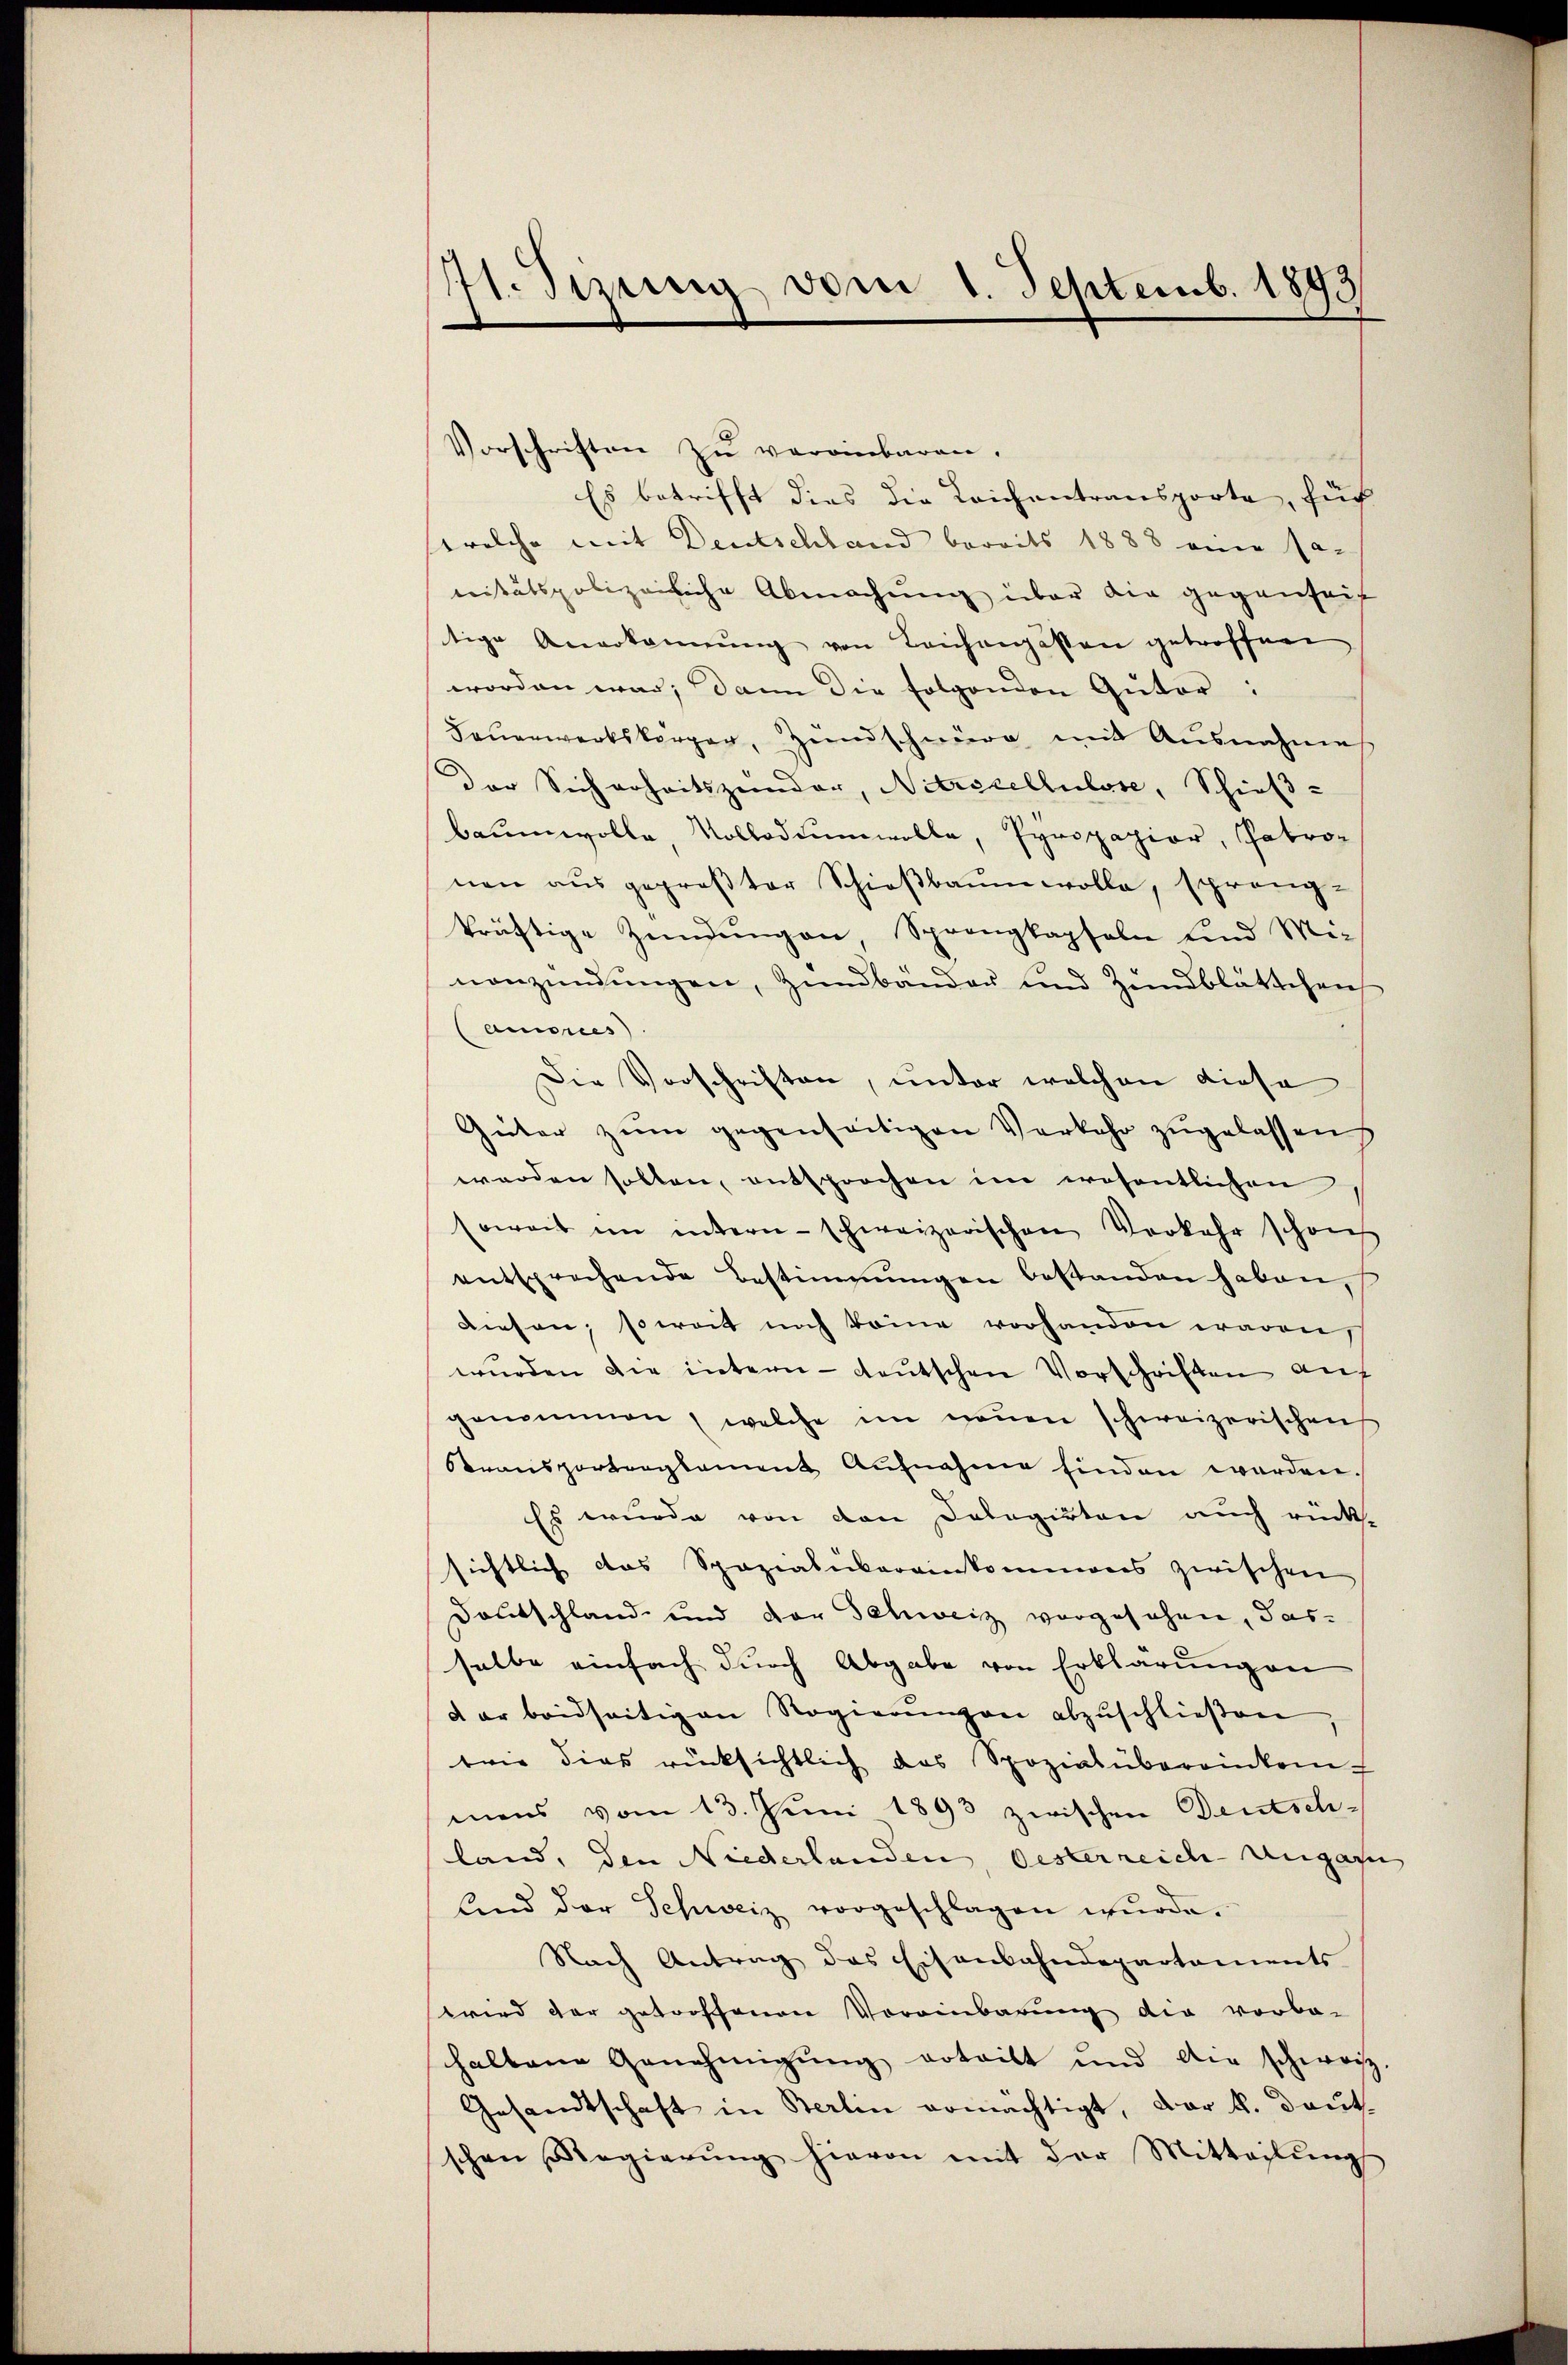
1. Sizung vom 1. Septemb. 1893

Vorschriften zŭ vereinbaren.
Es betrifft dies die Leichentransporte, für
welche mit Deutschland bereits 1888 eine sa-
nitätspolizeiliche Abmachung über die gegenheit
tige Anerkannŭng von Leichengassen getroffene
worden war; dann die folgenden Guter:
Feuerwerkskörper, Hundschwere mit Ausnahmes
Der Sicherheitszender, Nitricellulose, Schieß-
baumwolle Vollodiumwolle, Pyropapier, Patronen aŭs geproβter Schieβbaŭmwolle, sprang-
kräftige Zündŭngen Sprangkapseln und Minonzündungen, Zunbänder und Zundblättchen
Canones)
Die Vorschriften, unter welchen diese
Güter zum gegenseitigen Verkehr zugelassen
werden sollen, entsprochen im wesentlichen
soweit im intern-schweizerischen Verkehr schon
entsprechende Bestimmungen bestanden haben,
diesen; soweit noch könne vorhanden waren
wurden die intern - deutschen Vorschriften auf
genommen (welche im neŭen schweizerischen
Stransportengkament Aŭfnahme finden werden.
Es wurde von den Delegirten auch rück.
sichtlich das Spazialukareinkommens zwischen
Deutschland- und der Schweiz vorgesehen, das-
salbe einfach durch Abgabe von Erklärung an
d er beidseitigen Regierŭngen abzŭschlieβen
trie dies rücksichtlich das Spozialübereinkom-
mens vom 13. Juni 1893 zwischen Deutsch-
land, den Niederlanden, besterreich Augar
lind der Schweiz vorgeschlagen wŭrde.
Nach Antrag des Eisenbahndepartaments
wird der getroffenen Voreinbarung die vorbe-
haltene Genehmigŭng erteilt und die schweiz.
Gesandtschaft in Berlin ermächtigt, der k. Deut
schen Regierŭng hievon mit der Mitteilŭng